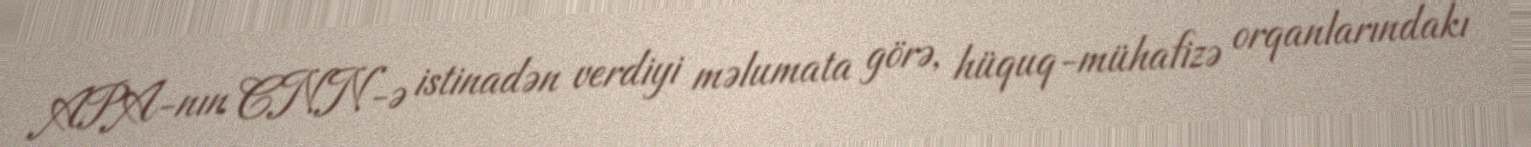
APA-nın CNN-ə istinadən verdiyi məlumata görə, hüquq-mühafizə orqanlarındakı